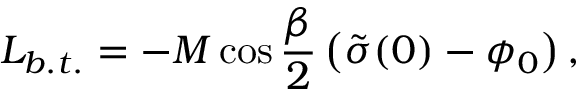
{ \cal L } _ { b . t . } = - M \cos \frac { \beta } { 2 } \left( \tilde { \sigma } ( 0 ) - \phi _ { 0 } \right) ,